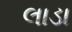
લાડા